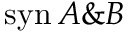
\mathrm { s y n } \, A \& B